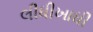
લીધીખાધી